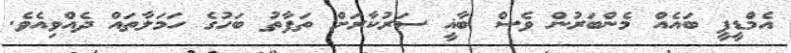
އެމްޑީޕީ ބައެއް މެންބަރުން ވެސް ބާޣީ ސަރުކާރަށް ތަފާތު ބަހުގެ ހަމަލާތައް ދެއްވިއެވެ.